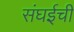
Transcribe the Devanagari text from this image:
संघईची